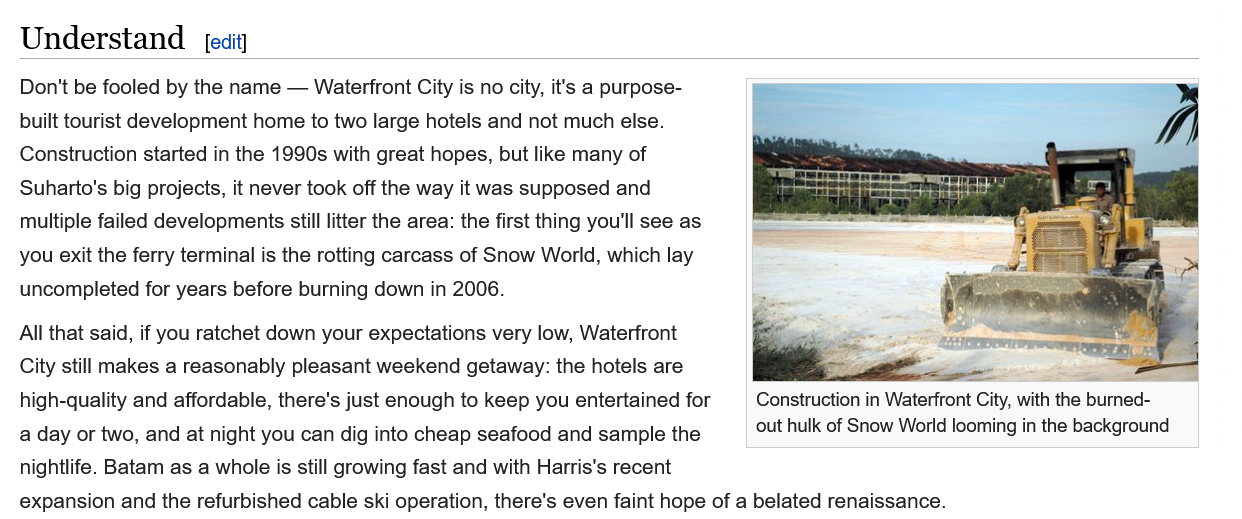
Understand
  Don't be fooled by the name —
     Waterfront City is no city, it's a purpose-
  built tourist development home to two large hotels and not much else.
  Construction started in the 1990s with great hopes, but like many of
  Suharto's big projects, it never took off the way it was supposed and
  multiple failed developments still litter the area: the first thing you'll see as
  you exit the ferry terminal is the rotting carcass of Snow World, which lay
  uncompleted for years before burning down in 2006.
  All that said, if you ratchet down your expectations very low, Waterfront
  City still makes a reasonably pleasant weekend getaway: the hotels are

  high-quality and affordable, there's just enough to keep you entertained for Construction in Waterfr
  a day or two, and at night you can dig into cheap seafood and sample the
     out hulk of Snow World
  nightlife. Batam as a whole is still growing fast and with Harris's recent
  expansion and the refurbished cable ski operation, there's even faint hope of a belated renaissance.
     Construction in Waterfront City, with the burned-
     out hulk of Snow World looming in the background
     [edit]